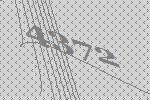
4372